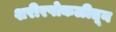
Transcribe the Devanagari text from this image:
शरीरपोकळीतून